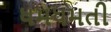
ધમધમતી